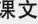
课文